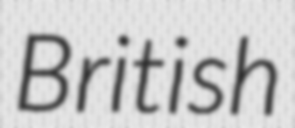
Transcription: British